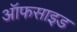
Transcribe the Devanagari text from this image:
ऑफसाइड